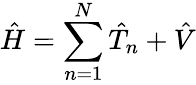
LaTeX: {\hat{H}}=\sum_{n=1}^{N}{\hat{T}}_{n}+{\hat{V}}